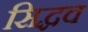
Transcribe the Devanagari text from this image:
सिद्धच